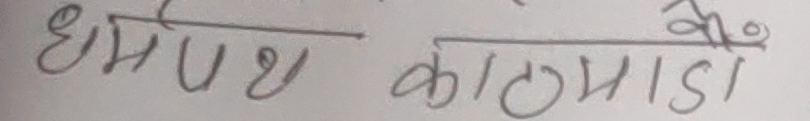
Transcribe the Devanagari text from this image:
धर्मेश काठमाडौ